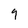
Character: 9